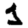
Digit: 1